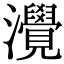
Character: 灚